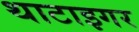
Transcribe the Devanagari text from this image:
थाटाइगर